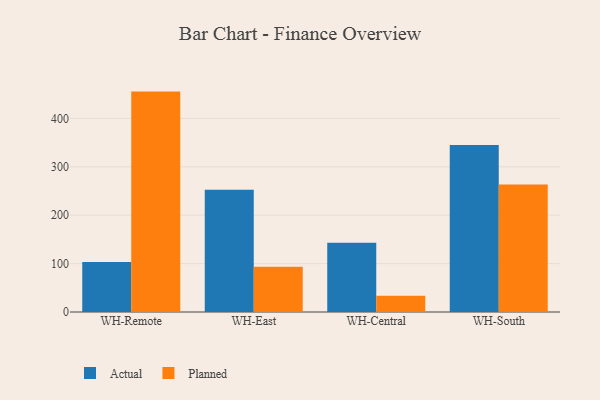
{"axis": {"x": "Warehouse", "y": "Population (Million)"}, "legend": ["Actual", "Planned"], "data": [{"x": "WH-Remote", "y": 103.3, "type": "Actual"}, {"x": "WH-Remote", "y": 455.4, "type": "Planned"}, {"x": "WH-East", "y": 252.6, "type": "Actual"}, {"x": "WH-East", "y": 93.6, "type": "Planned"}, {"x": "WH-Central", "y": 143.3, "type": "Actual"}, {"x": "WH-Central", "y": 33.7, "type": "Planned"}, {"x": "WH-South", "y": 345.3, "type": "Actual"}, {"x": "WH-South", "y": 263.2, "type": "Planned"}]}